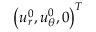
\left( u _ { r } ^ { 0 } , u _ { \theta } ^ { 0 } , 0 \right) ^ { T }